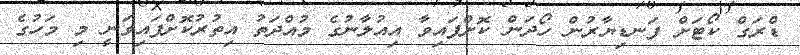
ޑްރަގް ކޯޓަށް ފަނޑިޔާރުން ހޯދަން ކޮށްފައިވާ އިއުލާނުގެ މުއްދަތު އިތުރުކޮށްފައިވަނީ މި މަހުގެ